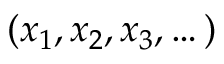
( x _ { 1 } , x _ { 2 } , x _ { 3 } , \dots )